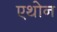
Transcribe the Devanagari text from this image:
एथोन